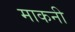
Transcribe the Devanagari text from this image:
माकनी